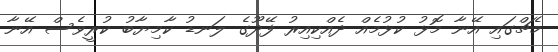
މެޗްގައި އޭނާ މޮޅު ކުޅުމެއް ދެއްކިއިރު ފޭދޫގެ ލަނޑު ކާމިޔާބު ކުރީވެސް އޭނާ